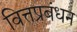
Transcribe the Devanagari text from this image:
वित्तप्रबंधन